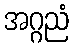
အဂ္ဂညံ